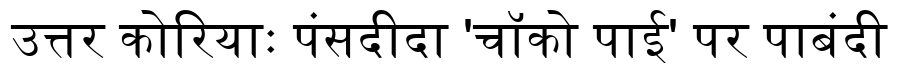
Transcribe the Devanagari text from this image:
उत्तर कोरियाः पंसदीदा 'चॉको पाई' पर पाबंदी